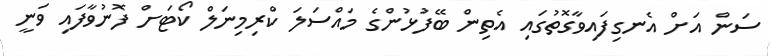
ސަން އަށް އެނގިފައިވާގޮތުގައި އެތިން ބޭފުޅުންގެ މައްސަލަ ކްރިމިނަލް ކޯޓަށް ފޮނުވާފައި ވަނީ